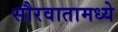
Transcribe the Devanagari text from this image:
सौरवातामध्ये